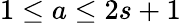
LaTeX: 1\leq a\leq 2s+1